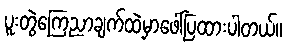
ပူးတွဲကြေညာချက်ထဲမှာဖေါ်ပြထားပါတယ်။